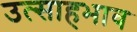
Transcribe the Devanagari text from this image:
उत्साहभाव